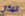
المكان